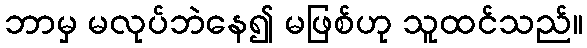
ဘာမှ မလုပ်ဘဲနေ၍ မဖြစ်ဟု သူထင်သည်။